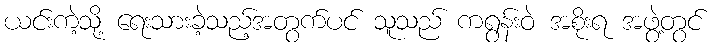
ယင်းကဲ့သို့ ရေးသားခဲ့သည့်အတွက်ပင် သူသည် ကရွန်းဝဲ အစိုးရ အဖွဲ့တွင်